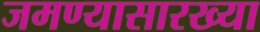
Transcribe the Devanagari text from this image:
जमण्यासारख्या